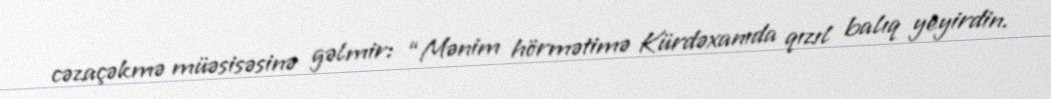
cəzaçəkmə müəsisəsinə gəlmir: “Mənim hörmətimə Kürdəxanıda qızıl balıq yeyirdin.